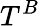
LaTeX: T^{B}